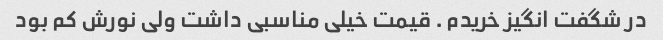
در شگفت انگیز خریدم . قیمت خیلی مناسبی داشت ولی نورش کم بود